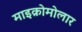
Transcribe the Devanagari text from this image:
माइक्रोमोलार